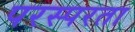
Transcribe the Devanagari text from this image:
परस्परता